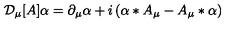
{ \cal D } _ { \mu } [ A ] \alpha = \partial _ { \mu } \alpha + i \left( \alpha * A _ { \mu } - A _ { \mu } * \alpha \right)